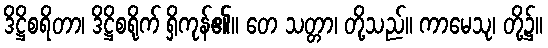
ဒိဋ္ဌိစရိတာ၊ ဒိဋ္ဌိစရိုက် ရှိကုန်၏။ တေ သတ္တာ၊ တို့သည်။ ကာမေသု၊ တို့၌။